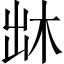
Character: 𠚐